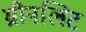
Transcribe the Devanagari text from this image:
ग्रीनलिट